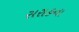
સરાહના